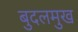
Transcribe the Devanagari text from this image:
बुदलमुख